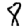
Digit: 8